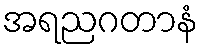
အရညဂတာနံ